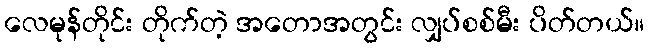
လေမုန်တိုင်း တိုက်တဲ့ အတောအတွင်း လျှပ်စစ်မီး ပိတ်တယ်။